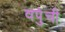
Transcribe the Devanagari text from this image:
वपुंची